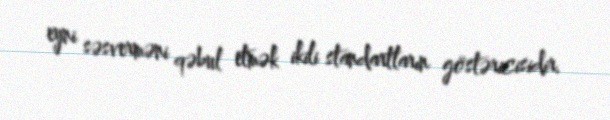
eyni səsverməni qəbul etmək ikili standartların göstəricisidir.